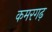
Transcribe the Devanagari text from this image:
कमरगढ़